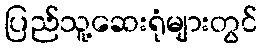
ပြည်သူ့ဆေးရုံများတွင်